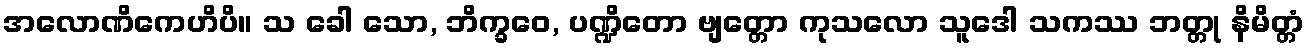
အလောဏိကေဟိပိ။ သ ခေါ သော, ဘိက္ခဝေ, ပဏ္ဍိတော ဗျတ္တော ကုသလော သူဒေါ သကဿ ဘတ္တု နိမိတ္တံ